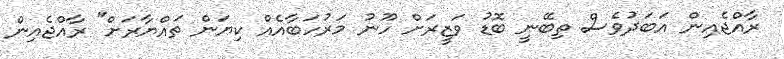
ރާއްޖެއިން އަބަދުވެސް ތިބޭނީ ބޮޑު ވަޒީރަށް ހޫނު މަރުހަބާއެއް ކިޔަން ތައްޔާރަށް" ރާއްޖެއިން